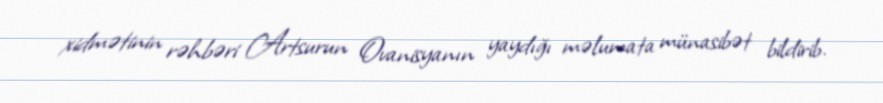
xidmətinin rəhbəri Artsurun Ovanisyanın yaydığı məlumata münasibət bildirib.